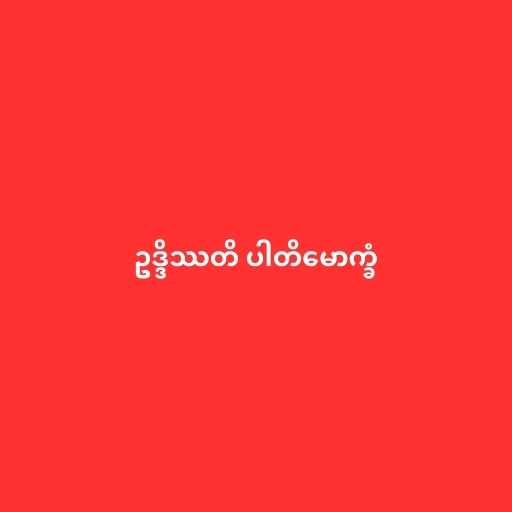
ဥဒ္ဒိဿတိ ပါတိမောက္ခံ